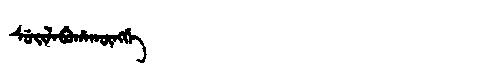
Manchu: ᠰᡠᡳᠯᠠᠪᡠᡥᠠᡴᡡᠩᡤᡝ
Romanization: SUILABUHAKŪNGGE